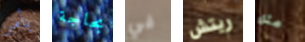
بأمر بحاجة في ريتش مثل